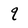
Character: q